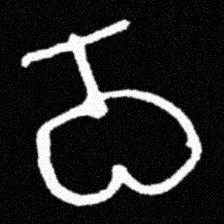
Pyu character \u2014 Myanmar letter: ဝ (romanized: wa)